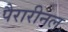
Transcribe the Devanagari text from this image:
पैरारीनल